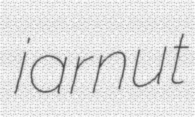
jarnut